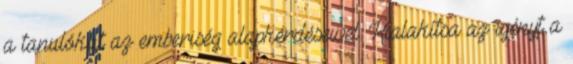
a tanulókat az emberiség alapkérdéseivel. Kialakítsa az igényt a